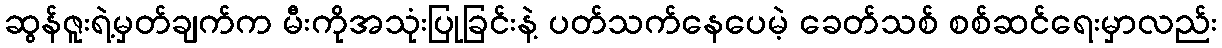
ဆွန်ဇူးရဲ့မှတ်ချက်က မီးကိုအသုံးပြုခြင်းနဲ့ ပတ်သက်နေပေမဲ့ ခေတ်သစ် စစ်ဆင်ရေးမှာလည်း